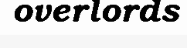
overlords